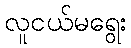
လူငယ်မရွေး